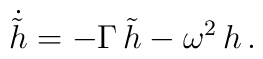
\dot{\tilde h} = - \Gamma \, {\tilde h} - \omega^2 \, h \,.